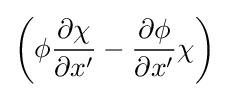
\left(\phi {\frac {\partial \chi }{\partial x'}}-{\frac {\partial \phi }{\partial x'}}\chi \right)